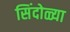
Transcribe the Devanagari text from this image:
सिंदोळ्या